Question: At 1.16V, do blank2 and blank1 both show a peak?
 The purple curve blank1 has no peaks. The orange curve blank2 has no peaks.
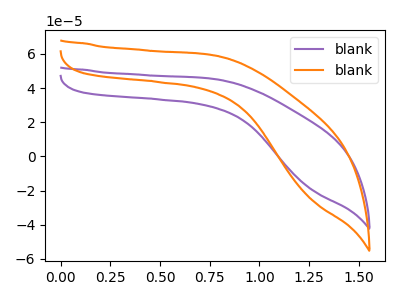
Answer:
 <answer>No, "blank2" and "blank1" dont share a peak at 1.16V.</answer>
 <eval>mismatch</eval>